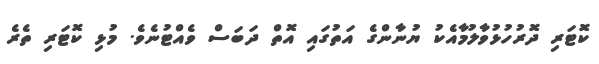
ކޮޓަރި ދޮރުހުޅުވާލުމާއެކު ޔުނާންގެ އަތުގައި އޮތް ދަބަސް ވެއްޓުނެވެ. މުޅި ކޮޓަރި ތެރެ